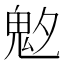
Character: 𩲁